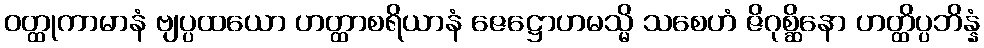
ဝတ္ထုကာမာနံ ဗျပ္ပထယော ဟတ္ထာစရိယာနံ ဇေဋ္ဌောဟမသ္မိ သစေဟံ ဇိဂုစ္ဆိနော ဟတ္ထိပ္ပဘိန္နံ